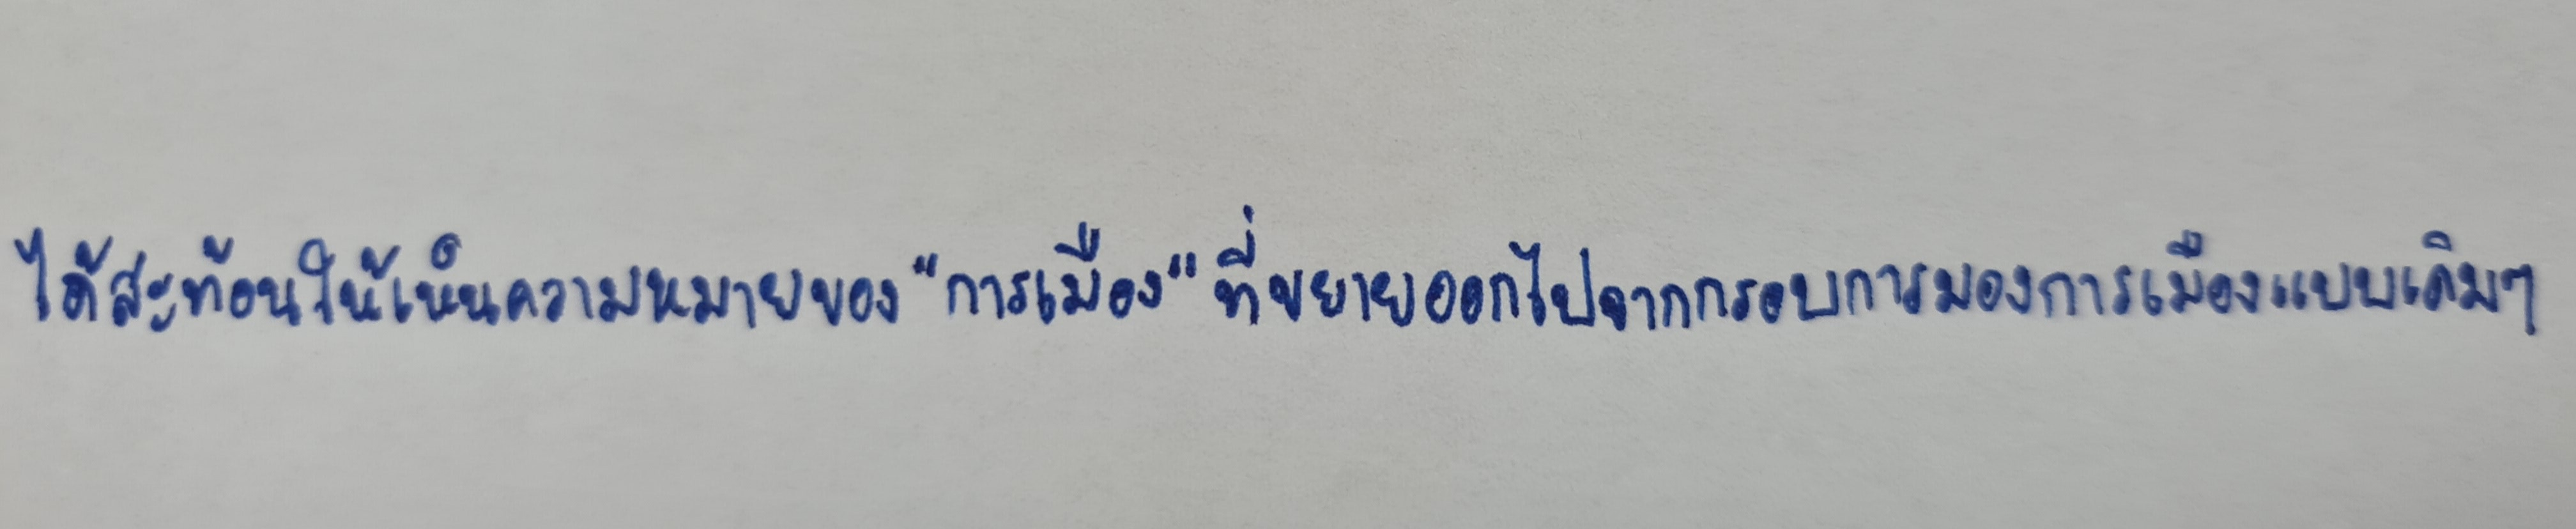
ได้สะท้อนให้เห็นความหมายของ"การเมือง"ที่ขยายออกไปจากกรอบการมองการเมืองแบบเดิมๆ